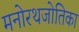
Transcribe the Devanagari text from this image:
मनोरथजोतिका